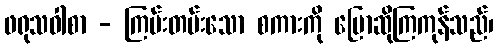
ဖရုသဝါစာ - ကြမ်းတမ်းသော စကားကို ပြောဆိုကြကုန်သည်၊